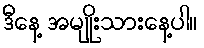
ဒီနေ့ အမျိုးသားနေ့ပါ။